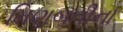
મિણબતીના